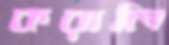
করালি